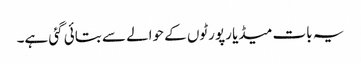
یہ بات میڈیا رپورٹوں کے حوالے سے بتائی گئی ہے۔